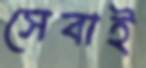
সেবাই